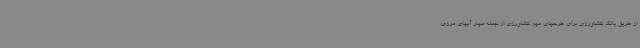
از طریق بانک کشاورزی برای طرحهای مهم کشاورزی از جمله مهار آبهای مرزی،